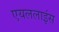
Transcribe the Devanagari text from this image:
एयललाइंस